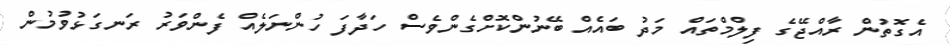
އެގޮތުން ރާއްޖޭގެ ފިލްމްތައް މަދު ބައެއް ބޭނުންކޮށްގެންވެސް ހަދާފަ ހުންނަލެއް ފެންވަރު ރަނގަޅުވުމުން